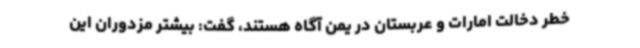
خطر دخالت امارات و عربستان در یمن آگاه هستند، گفت: بیشتر مزدوران این